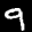
Label: 9